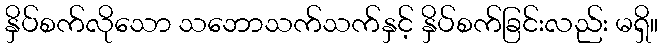
နှိပ်စက်လိုသော သဘောသက်သက်နှင့် နှိပ်စက်ခြင်းလည်း မရှိ။